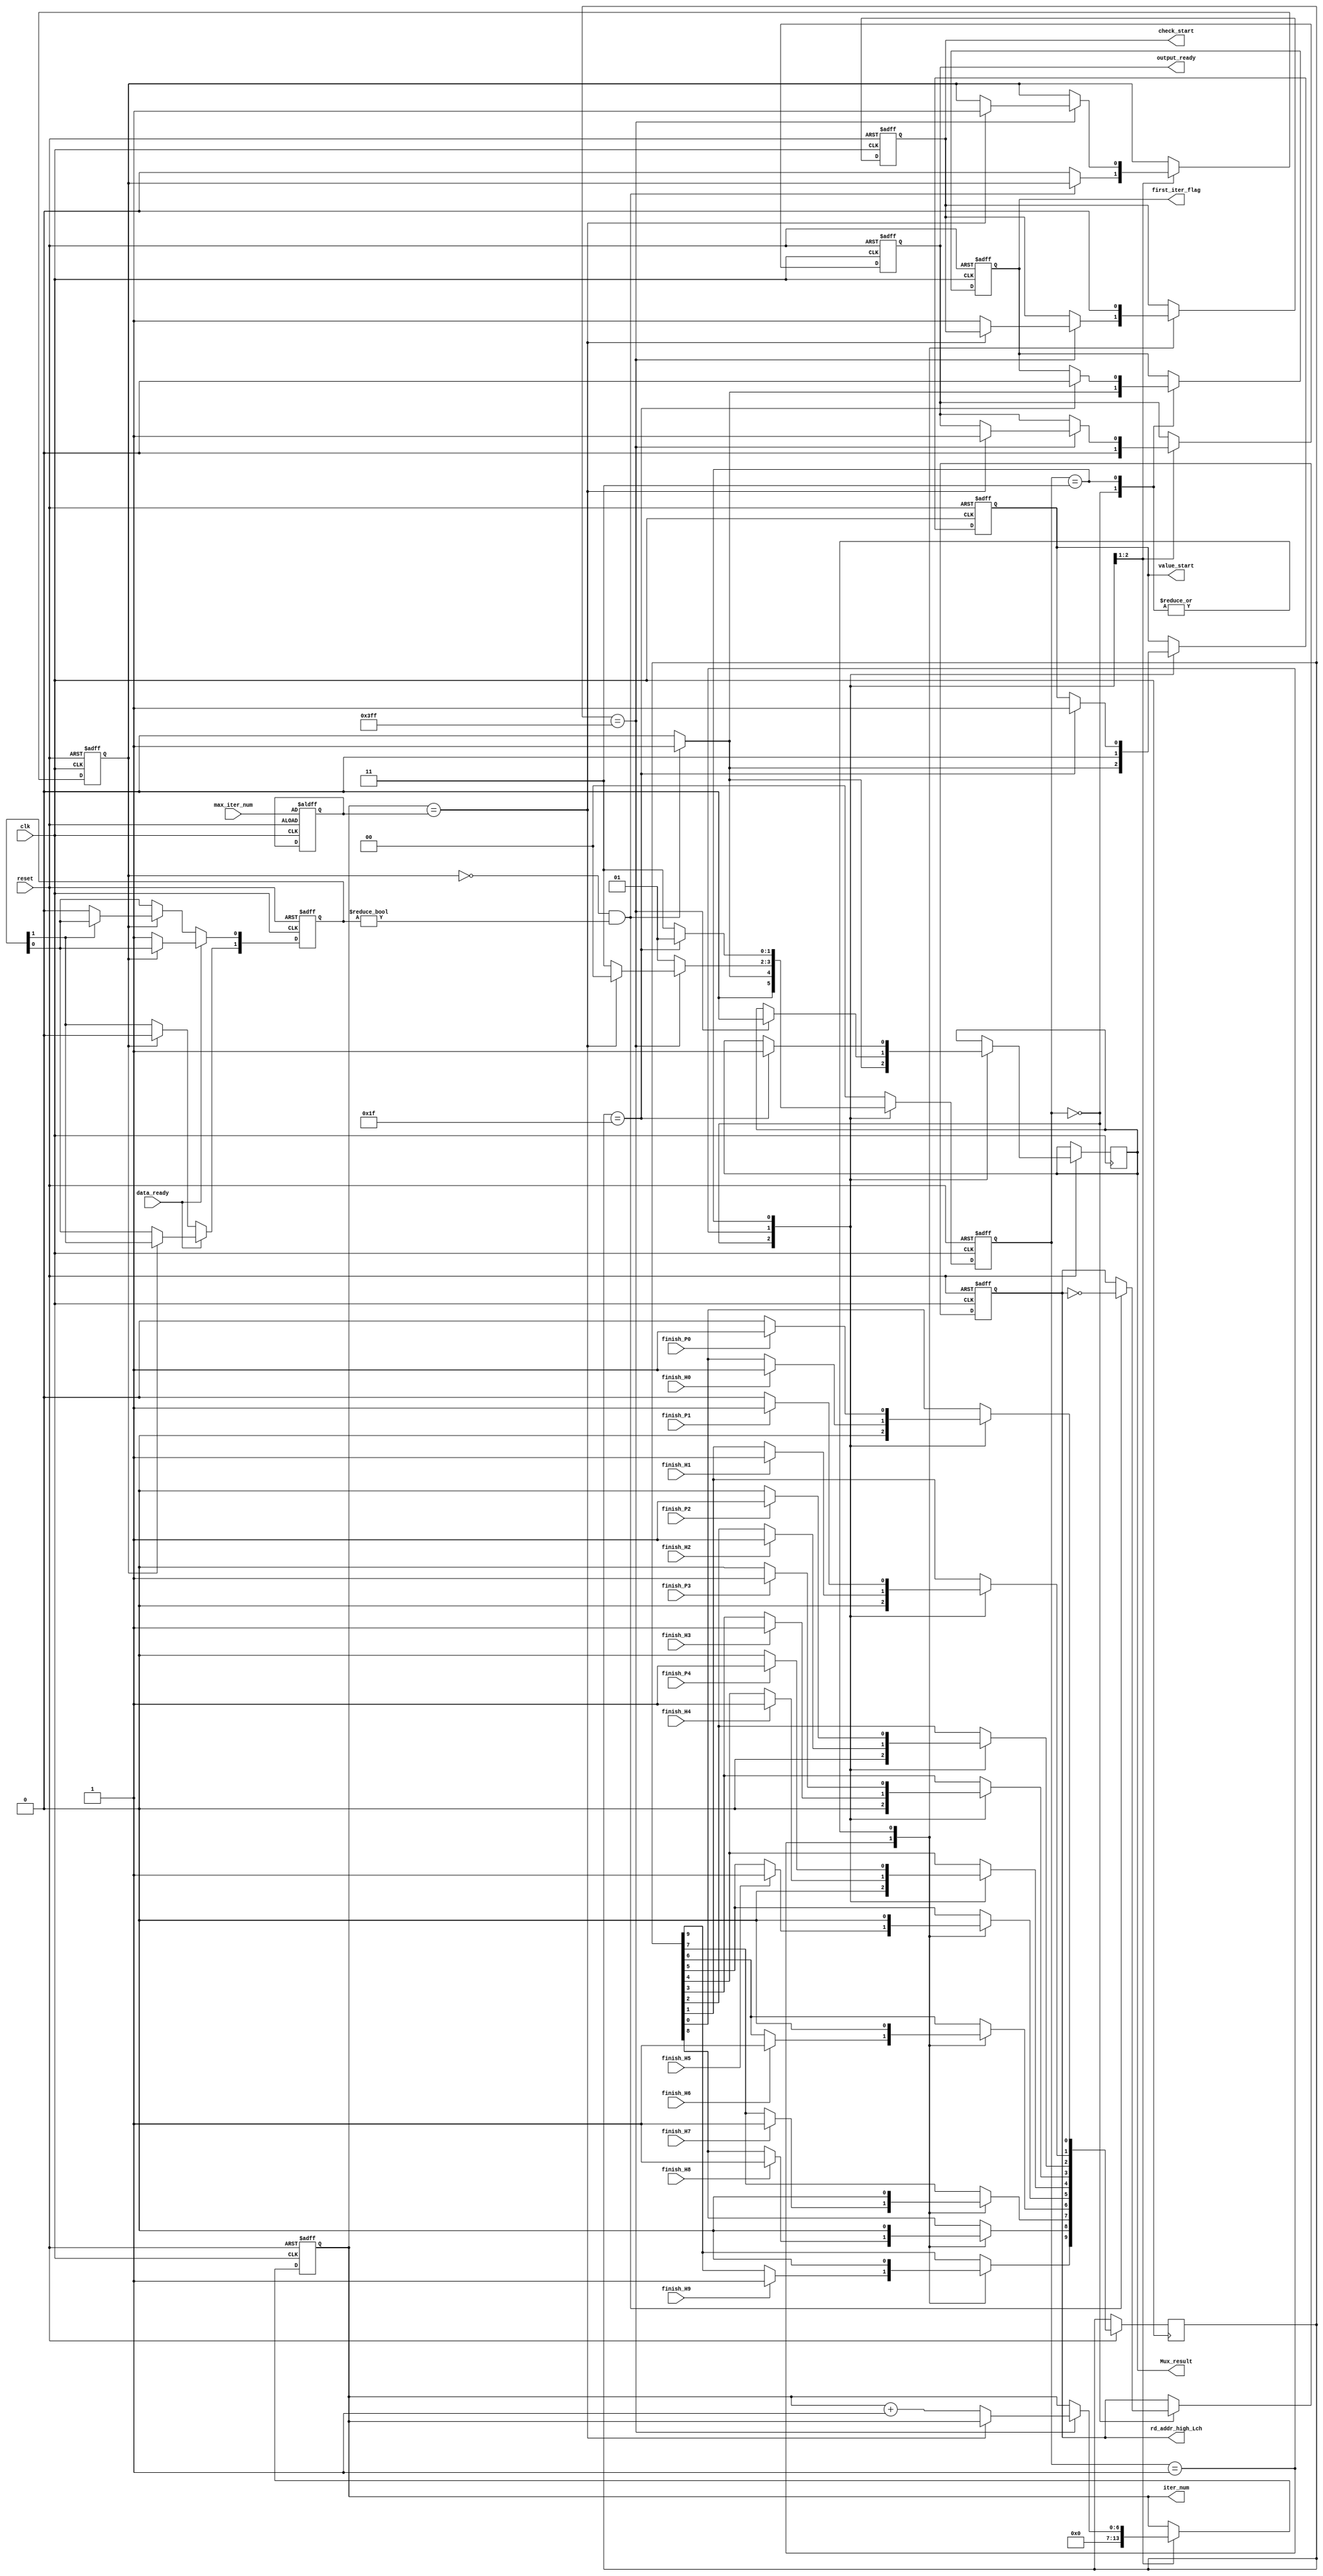
`timescale 1ns / 1ps
//////////////////////////////////////////////////////////////////////////////////
// Company: 
// Engineer: 
// 
// Design Name: 
// Module Name:    NB_iter_ctrl 
// Project Name: 
// Target Devices: 
// Tool versions: 
// Description: 
//
// Dependencies: 
//
// Revision: 
// Revision 0.01 - File Created
// Additional Comments: 
//
//////////////////////////////////////////////////////////////////////////////////
module NB_iter_ctrl(   clk,
					reset,
					data_ready,
					max_iter_num,
					
					finish_H0,
					finish_H1,
					finish_H2,
					finish_H3,
					finish_H4,
					finish_H5,
					finish_H6,
					finish_H7,
					finish_H8,
					finish_H9,

					finish_P0,
					finish_P1,
					finish_P2,
					finish_P3,
					finish_P4,

					rd_addr_high_Lch,
					
					value_start,
					check_start,
					first_iter_flag,
					
					iter_num,
					Mux_result,
					
					output_ready
						 );

input clk,
	reset, 
	data_ready,

	finish_H0,
	finish_H1,
	finish_H2,
	finish_H3,
	finish_H4,
	finish_H5,
	finish_H6,
	finish_H7,
	finish_H8,
	finish_H9,

	finish_P0,
	finish_P1,
	finish_P2,
	finish_P3,
	finish_P4;
	
input [6:0] max_iter_num;	  

output  value_start,
		first_iter_flag,
		rd_addr_high_Lch,
		check_start;
	   

output [6:0] iter_num;
output Mux_result;
output output_ready;

reg value_start,
    first_iter_flag,
	rd_addr_high_Lch,
    check_start;
	
reg iter_finished;
reg Mux_result;	
reg output_ready;
reg [6:0] iter_num;


reg [9:0] finish_value_update; 	 
reg [4:0] finish_check_update;

reg [6:0] max_iter;		 
reg [1:0] iter_state;
reg [1:0] data_ready_queue;			
parameter idle = 2'b00, value_node_update = 2'b01, check_node_update = 2'b11;



always @(posedge clk or negedge reset)
begin
	if(!reset)
	begin
		data_ready_queue <= 2'b00;
	end
	else
	begin
		if(data_ready == 1'b1)
		begin
			if(iter_finished == 1'b0)
			begin
				data_ready_queue[0] <= 1'b1;
				data_ready_queue[1] <= data_ready_queue[0];
			end
		end
		else if(iter_finished == 1'b1)
		begin
			if(data_ready_queue[1] == 1'b1)
			begin
				data_ready_queue[1] <= 1'b0;
			end
			else if(data_ready_queue[0] == 1'b1)
			begin
				data_ready_queue[0] <= 1'b0;
			end
		end
	end
end

/*-------------------------------------------------------------*/	
				   
always @(posedge clk or negedge reset)
    begin
	    if (!reset)
		begin
			value_start <= 1'b0; 			  
			check_start <= 1'b0;	
			first_iter_flag <= 1'b0;
			iter_finished <= 1'b0;
			iter_num <= 7'b0;		
			rd_addr_high_Lch <= 1'b1;
			max_iter <= max_iter_num;
			output_ready <= 1'b0;
			iter_state <= idle;
		end
		
		else
		    case(iter_state)
			    idle:
				begin	
				
					finish_value_update <= 10'd0;
					finish_check_update <= 5'd0;
					
					if (iter_finished == 1'b0 && data_ready_queue != 2'b00)
					begin
						value_start <= 1'b1; 
						check_start <= 1'b0;
						first_iter_flag <= 1'b1;
						iter_num <= 7'b0;
						output_ready <= 1'b0;
						Mux_result <= 1'b1;//value node first
						rd_addr_high_Lch <= ~rd_addr_high_Lch;
													
						iter_state <= value_node_update;  
					end
					else
					begin
						value_start <= 1'b0;							
						check_start <= 1'b0;		
						first_iter_flag <= 1'b0;
						iter_num <= 7'b0;
						iter_finished <= 1'b0;
						output_ready <= 1'b0;
						Mux_result <= 1'b0;
						iter_state <= idle;
					end	
				end
				
				value_node_update:
				begin
					finish_check_update <= 5'd0;
					value_start <= 1'b0;
					
					if (finish_H0)
					  begin
						finish_value_update[0] <= 1'b1;
					  end
					if (finish_H1)
					  begin
						finish_value_update[1] <= 1'b1;
					  end
					if (finish_H2)
					  begin
						finish_value_update[2] <= 1'b1;
					  end
					if (finish_H3)
					  begin
						finish_value_update[3] <= 1'b1;
					  end
					if (finish_H4)
					  begin
						finish_value_update[4] <= 1'b1;
					  end
					if (finish_H5)
					  begin
						finish_value_update[5] <= 1'b1;
					  end
					if (finish_H6)
					  begin
						finish_value_update[6] <= 1'b1;
					  end
					if (finish_H7)
					  begin
						finish_value_update[7] <= 1'b1;
					  end
					if (finish_H8)
					  begin
						finish_value_update[8] <= 1'b1;
					  end
					if (finish_H9)
					begin
						finish_value_update[9] <= 1'b1;
					end
					  
					  
					if (finish_value_update == 10'b11_1111_1111)
					begin
						Mux_result <= 1'b0;//for check node
					   
						if(iter_num == max_iter)  
						begin
							iter_finished <= 1'b1;	
							output_ready <= 1'b1;
							iter_state <= idle;
						end	
						else
						begin
							iter_num <= iter_num + 1'b1;
							check_start <= 1'b1;
							Mux_result <= 1'b0;							
							iter_state <= check_node_update;	
						end										
					 end	
					else
					begin
						iter_state <= value_node_update;
					end	
				end
				
				check_node_update:       
				begin
					finish_value_update <= 10'd0;
					check_start <= 1'b0;
					
					if (finish_P0)
					  begin
						finish_value_update[0] <= 1'b1;
					  end
					if (finish_P1)
					  begin
						finish_value_update[1] <= 1'b1;
					  end
					if (finish_P2)
					  begin
						finish_value_update[2] <= 1'b1;
					  end
					if (finish_P3)
					  begin
						finish_value_update[3] <= 1'b1;
					  end
					if (finish_P4)
					  begin
						finish_value_update[4] <= 1'b1;
					  end 
					
					if (finish_value_update == 5'b11111)
					begin
						value_start <= 1'b1;
						Mux_result <= 1'b1;
						first_iter_flag <= 1'b0;
						iter_state <= value_node_update;
					end		 
					else
					begin
						iter_state <= check_node_update;	
					end
				end
				
				default:iter_state <= idle;
			endcase
	end

endmodule